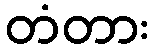
တံတား